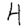
Digit: 4